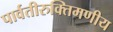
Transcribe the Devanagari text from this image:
पार्वतीरुक्तिमणीय